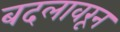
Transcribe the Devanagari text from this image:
बदलावरून